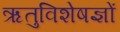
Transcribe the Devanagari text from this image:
ऋतुविशेषज्ञों